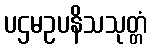
ပဌမဥပနိသသုတ္တံ